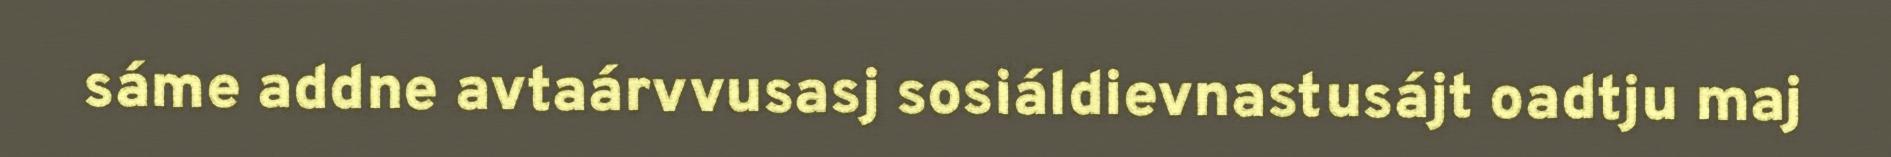
sáme addne avtaárvvusasj sosiáldievnastusájt oadtju maj